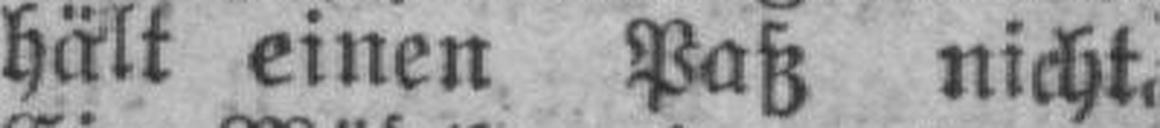
hält einen Paß nicht.